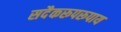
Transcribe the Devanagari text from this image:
सदैकरूपरूपाय